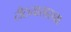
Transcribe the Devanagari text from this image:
टीटव्यासारखा